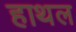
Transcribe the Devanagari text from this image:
हाथल